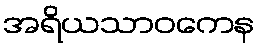
အရိယသာဝကေန